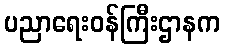
ပညာရေးဝန်ကြီးဌာနက